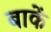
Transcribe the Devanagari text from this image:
बाकें